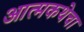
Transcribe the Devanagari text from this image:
आत्मकथेचा